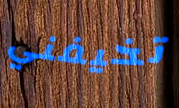
تخيفني